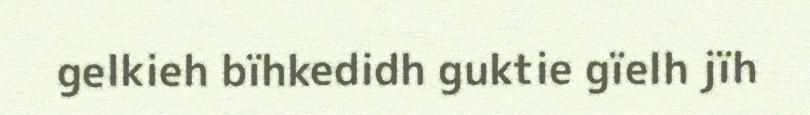
gelkieh bïhkedidh guktie gïelh jïh